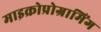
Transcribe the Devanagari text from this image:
माइक्रोप्रोग्रामिंग